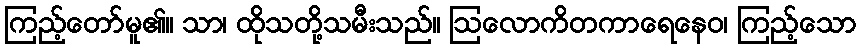
ကြည့်တော်မူ၏။ သာ၊ ထိုသတို့သမီးသည်။ ဩလောကိတကာရေနေဝ၊ ကြည့်သော